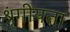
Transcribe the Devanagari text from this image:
श्रृंगीयता